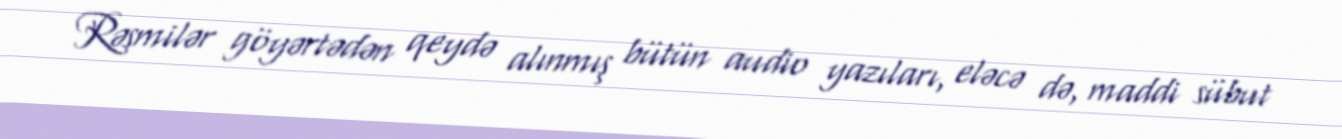
Rəsmilər göyərtədən qeydə alınmış bütün audio yazıları, eləcə də, maddi sübut